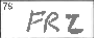
Transcription: FRZ